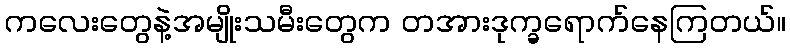
ကလေးတွေနဲ့အမျိုးသမီးတွေက တအားဒုက္ခရောက်နေကြတယ်။